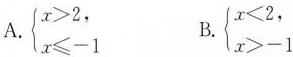
A.$$\left\{ \begin{matrix} x>2, \\ x\leq-1 \end{matrix} \right.$$ B.$$\left\{ \begin{matrix} x<2, \\ x>-1 \end{matrix} \right.$$